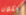
يكون